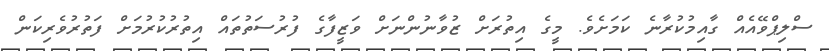
ސްލިޕްވޭއެއް ގާއިމުކުރާނެ ކަމަށެވެ. މީގެ އިތުރަށް ޒުވާނުންނަށް ވަޒީފާގެ ފުރުސަތުތައް އިތުރުކުރުމަށް ފަތުރުވެރިކަން